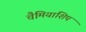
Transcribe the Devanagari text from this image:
चैमियांशिप